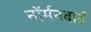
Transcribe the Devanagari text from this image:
नॉर्मनबाई